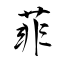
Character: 菲